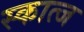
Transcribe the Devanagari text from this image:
स्कात्ज